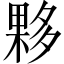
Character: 夥